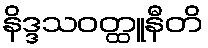
နိဒ္ဒသဝတ္ထူနီတိ